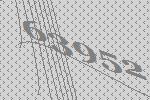
63952